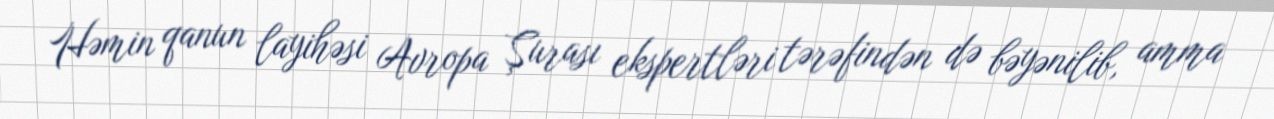
Həmin qanun layihəsi Avropa Şurası ekspertləri tərəfindən də bəyənilib, amma